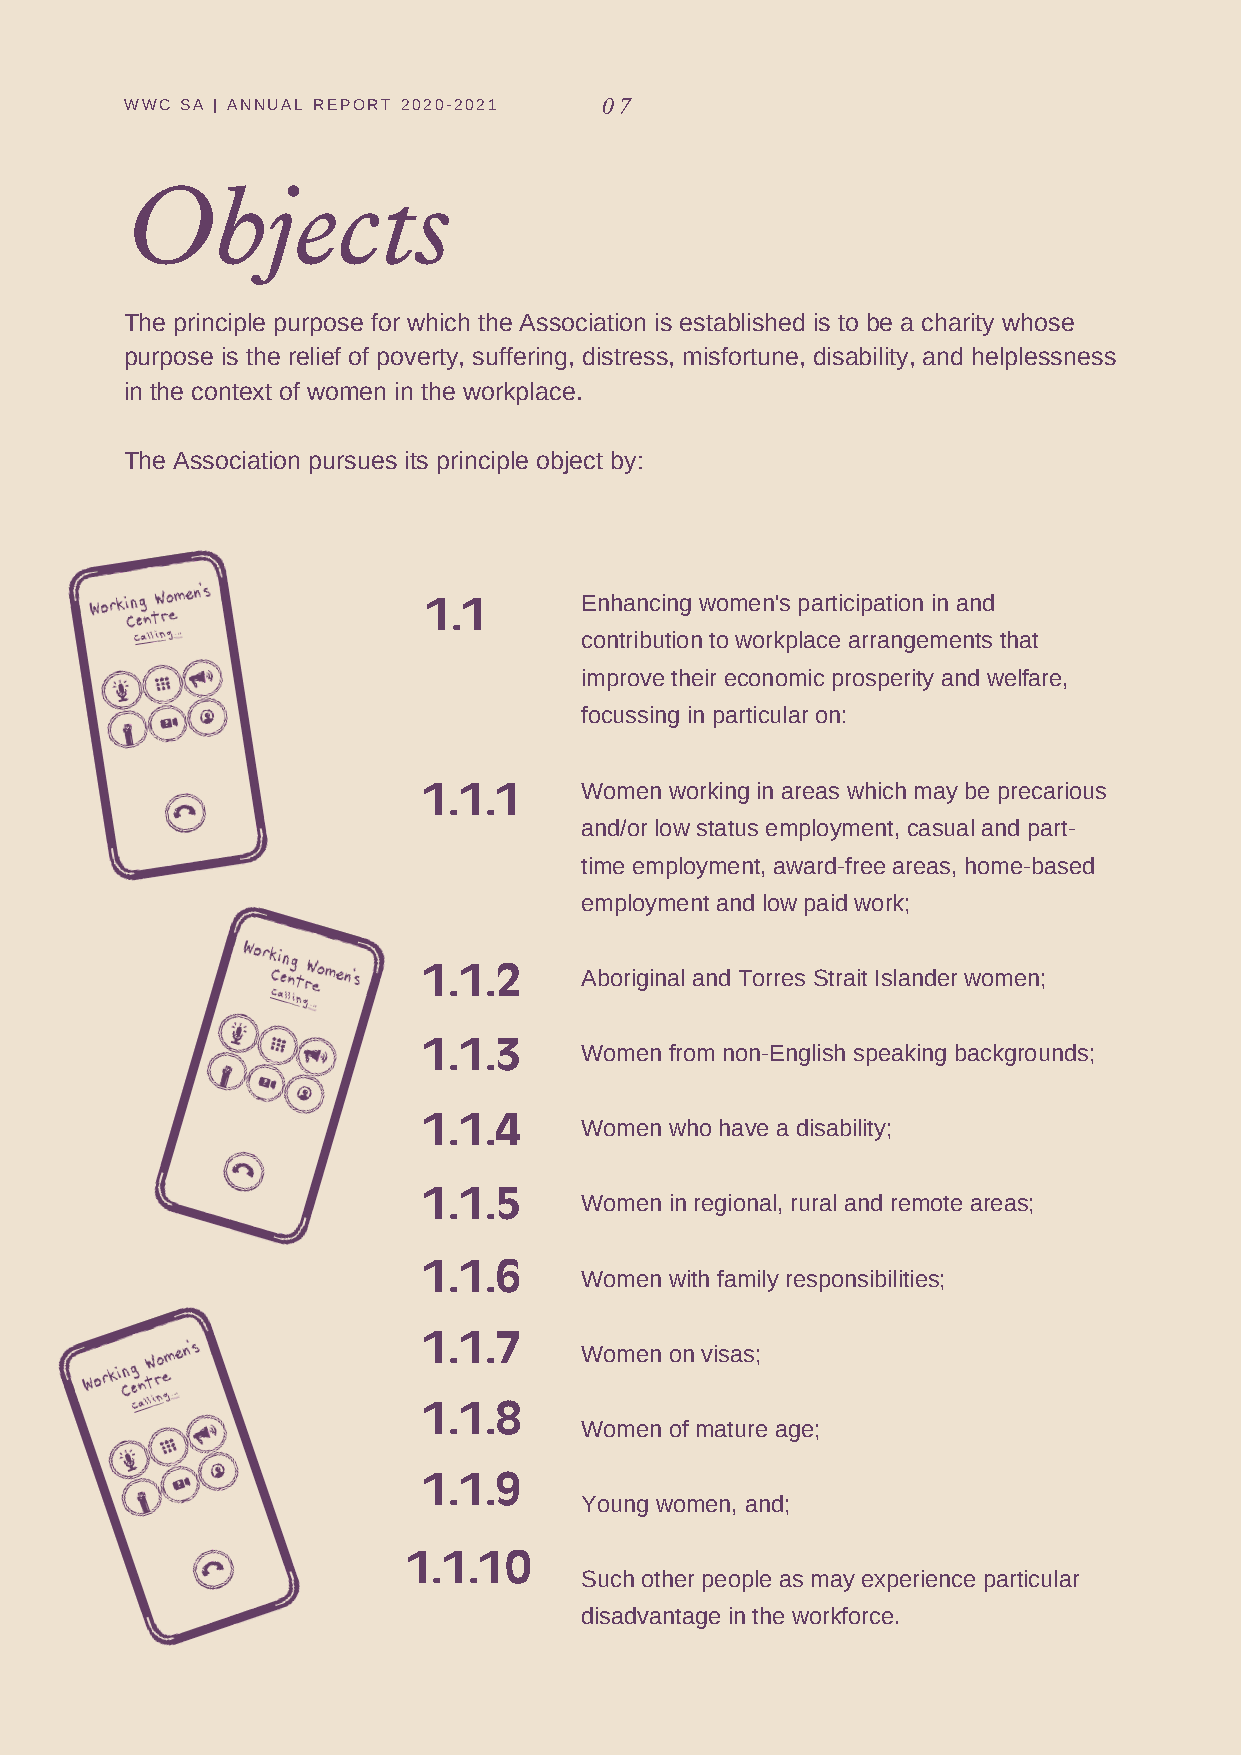
WWC SA | ANNUAL REPORT 2020-2021 07
 Objects
 The principle purpose for which the Association is established is to be a charity whose
 purpose is the relief of poverty, suffering, distress, misfortune, disability, and helplessness
 in the context of women in the workplace.
 The Association pursues its principle object by:
 1.1       Enhancing women's participation in and
 contribution to workplace arrangements that
 improve their economic prosperity and welfare,
 focussing in particular on:
 1.1.1     Women working in areas which may be precarious
 and/or low status employment, casual and part-
 time employment, award-free areas, home-based
 employment and low paid work;
 1.1.2     Aboriginal and Torres Strait Islander women;
 1.1.3
 Women from non-English speaking backgrounds;
 1.1.4
 Women who have a disability;
 1.1.5
 Women in regional, rural and remote areas;
 1.1.6
 Women with family responsibilities;
 1.1.7
 Women on visas;
 1.1.8
 Women of mature age;
 1.1.9
 Young women, and;
 1.1.10
 Such other people as may experience particular
 disadvantage in the workforce.